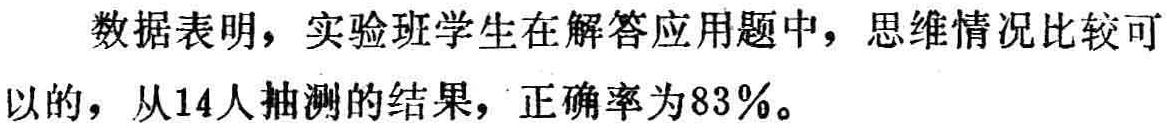
数据表明，实验班学生在解答应用题中，思维情况比较可以的，从14人抽测的结果，正确率为83%。